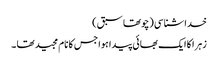
خداشناسی (چوتھاسبق )
زہرا کا ایک بھائی پیدا ہوا جس کا نام مجید تھا ۔